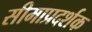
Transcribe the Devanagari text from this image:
सीमाप्रदर्शक